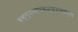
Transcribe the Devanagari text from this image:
वक्ष्यमाणषऽर्धशास्त्रार्थ